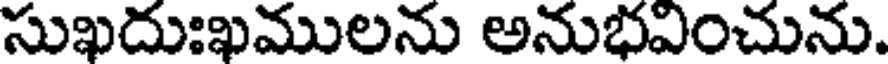
సుఖదుఃఖములను అనుభవించును.